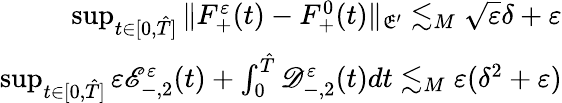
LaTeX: \begin{array}{r}{\operatorname*{sup}_{t\in[0,\hat{T}]}\| F_{+}^{\varepsilon}(t)-F_{+}^{0}(t)\| _{\mathfrak E^{\prime}}\lesssim_{M}\sqrt{\varepsilon}\delta+\varepsilon}\\ {\operatorname*{sup}_{t\in[0,\hat{T}]}\varepsilon\mathscr E_{-,2}^{\varepsilon}(t)+\int_{0}^{\hat{T}}\mathscr D_{-,2}^{\varepsilon}(t)dt\lesssim_{M}\varepsilon(\delta^{2}+\varepsilon)}\end{array}